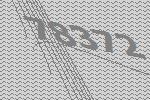
78372